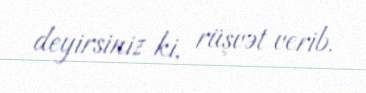
deyirsiniz ki, rüşvət verib.